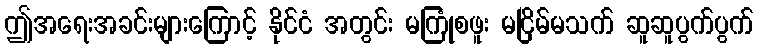
ဤအရေးအခင်းများကြောင့် နိုင်ငံ အတွင်း မကြုံစဖူး မငြိမ်မသက် ဆူဆူပွက်ပွက်